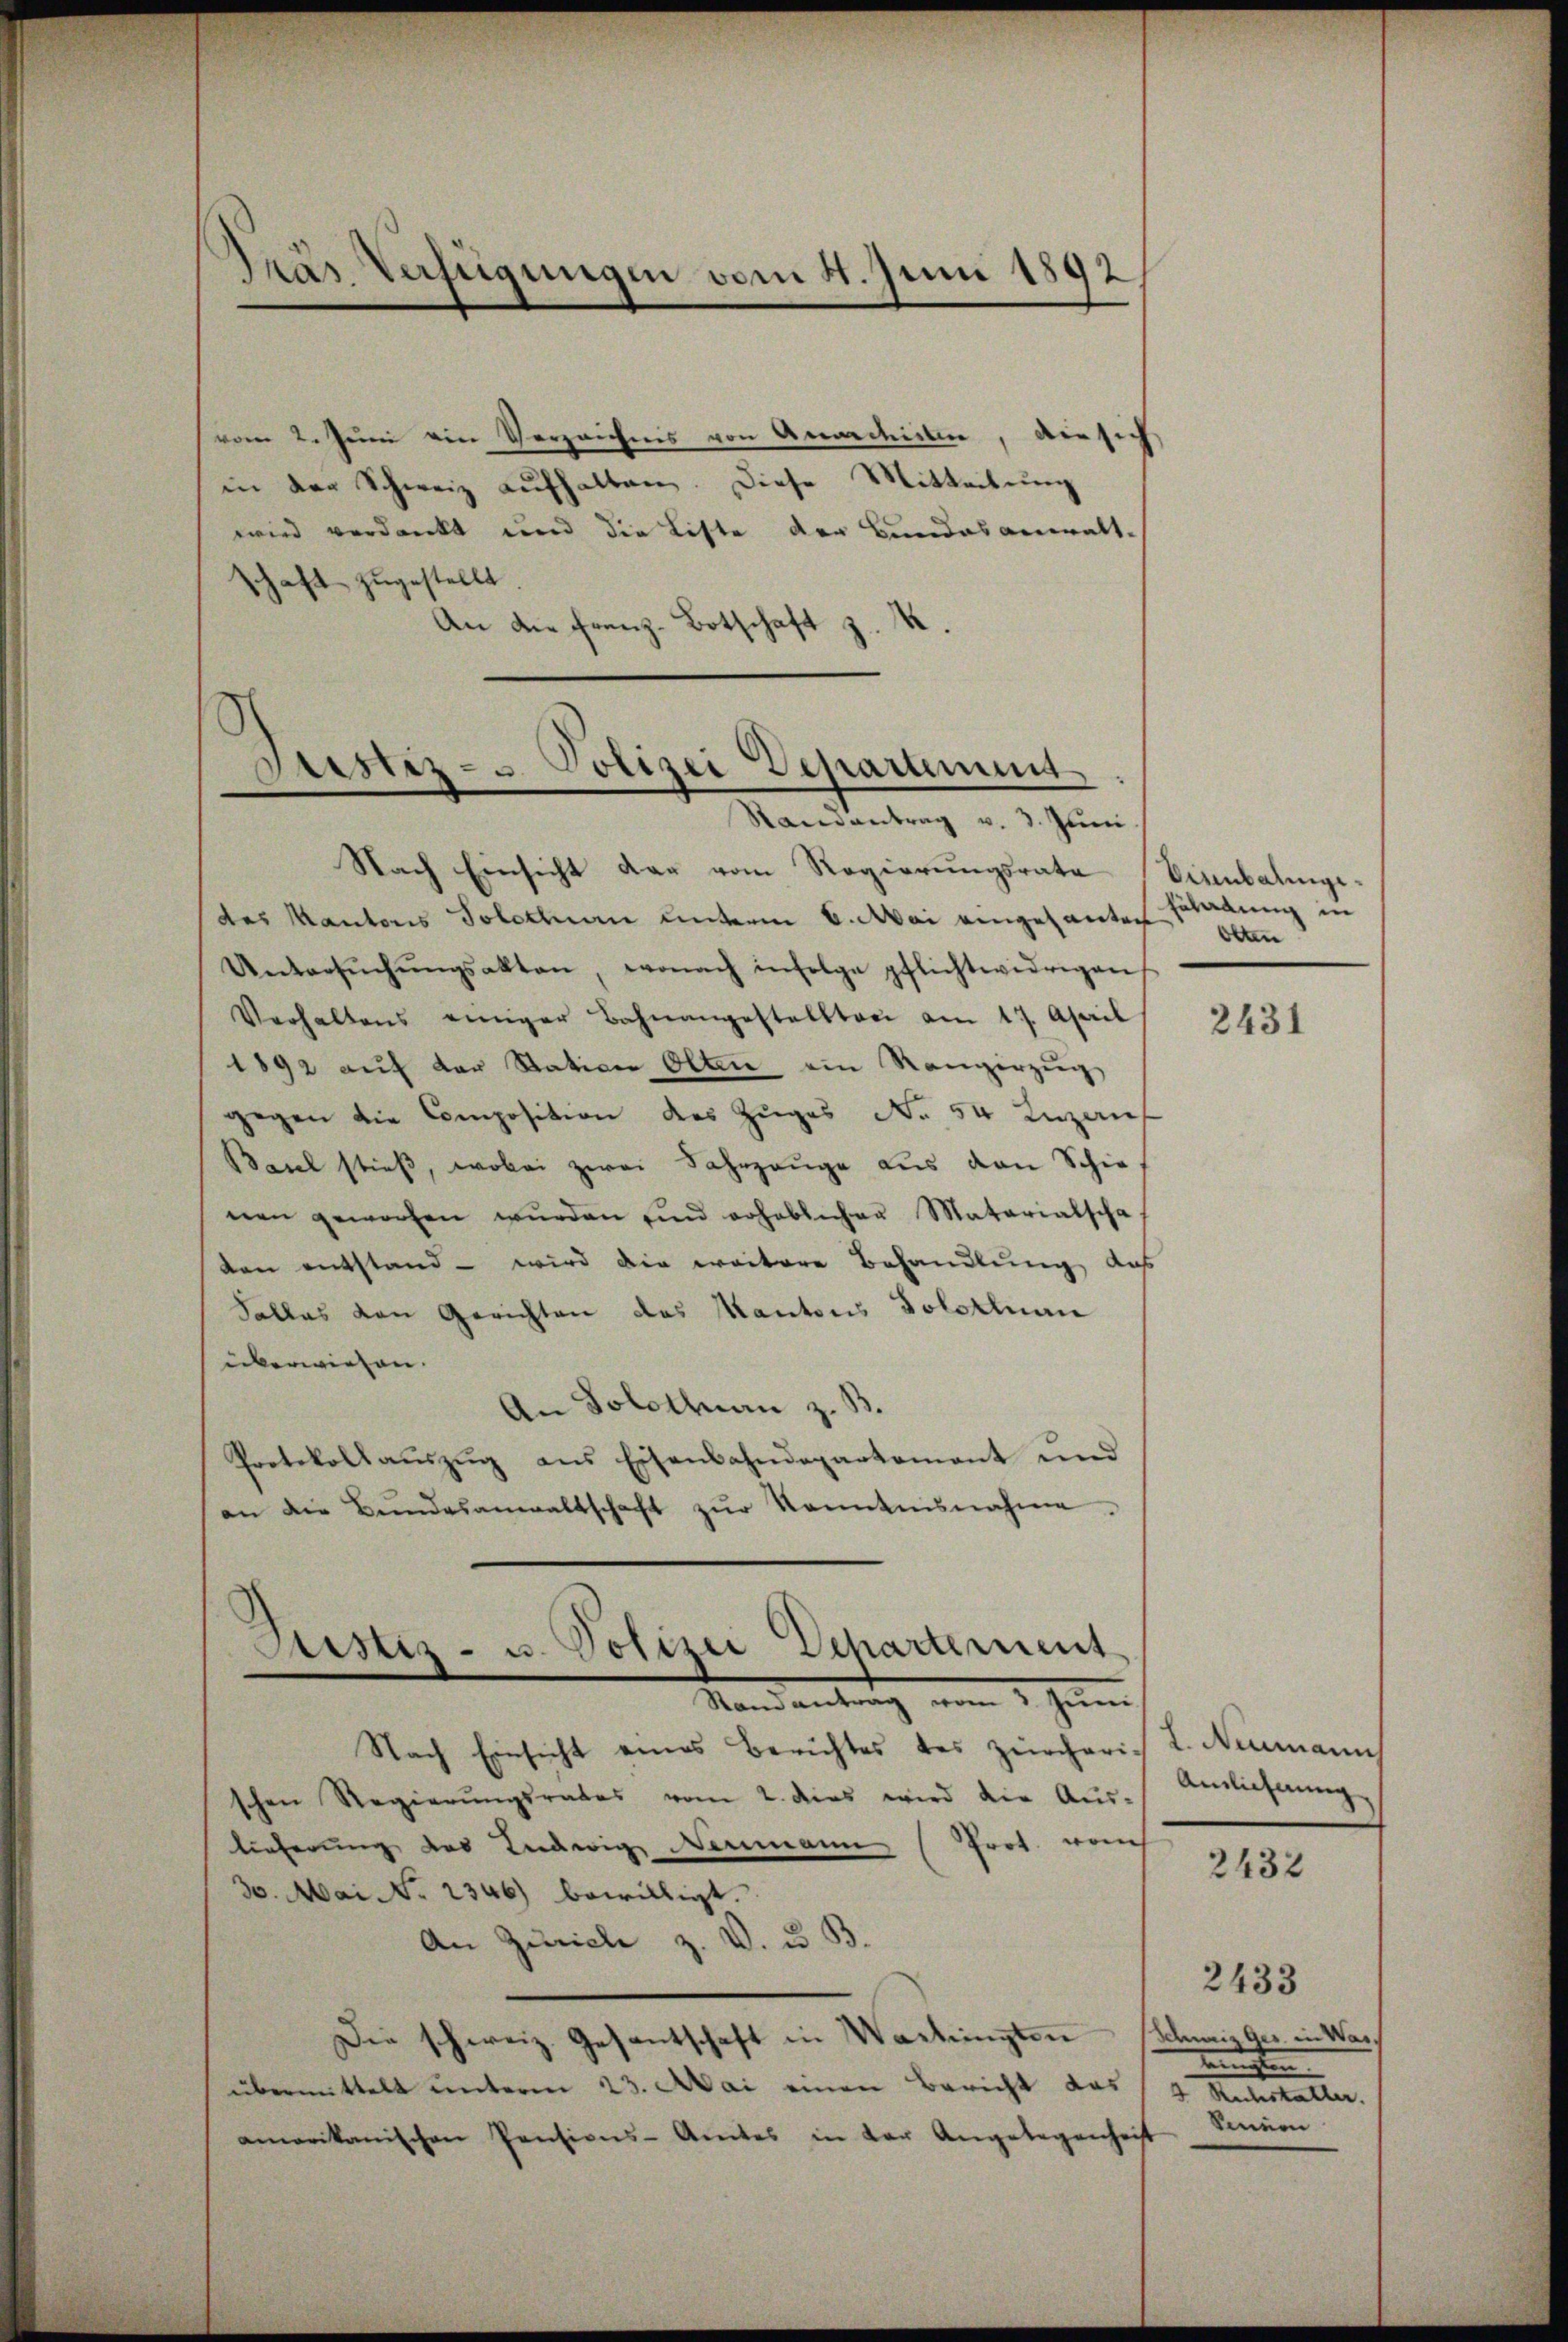
Präs. Verfügungen vom 4. Juni 1892

vom 2. Juni ein Verzeichnis von Anaedirten, die sich
in der Schweiz aufhalten. Diese Mitteilung
wird verdankt und die Liste der Bundesanwalt-
schaft zugestellt.
An die Franz-Botschaft z. K.

Justiz- u. Polizei Departement
Randantrag v. 3. Juni

Nach Einsicht dar vom Regierungsrata
des Kantons Solothurn unterm 6. Mai eingesanten schadung in
Untersŭchŭngsakten, wonach infolge pflichtwidrigen
Verhaltens einiger Bahnangestellten am 17. April
1892 aŭf der Station Olten ein Rangerzŭg
gegen die Composition des Zuges No 54 Inzaus
Baul stieß, wobei zwei Fahrzeuge aus den Schie
nen geworfen wŭrden und erheblicher Matarialscha
den entstand - wird die weitere Behandlung das
Falles von Gerichten des Kantons Solothurn
überwiesen.
An Solothurn z.
Protokollaŭszŭg ans Eisenbahndepartement und
an die Bŭndesanwaltschaft zŭr Kenntnisnahme.
Mandantung vom 1. Jennen
Nach Einsicht eines Berichtes des zürcherich L. Neumanns
schen Regierŭngsrates vom 2. dies wird die Aŭs-Amlicherŭng
lieferung des Ludwig Neumann (Prot. vom
30. Mai No 1346) bewilligt.
An Zürich z. V. u. B.
Die schweiz. Gesantschaft in Washingten
übermittelt unterm 23. Mai einen Bericht das
amerikanischen Pensions-Amtes in der Angelegenheit Sinnen

Justiz- u. Polizei Departement

Crubalinge¬
Olten

2431

2432

2433
Schweiz Ger. in Warknechten
2 Meter eine